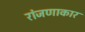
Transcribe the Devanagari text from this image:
रांजणाकार